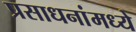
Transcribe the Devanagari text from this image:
प्रसाधनांमध्ये